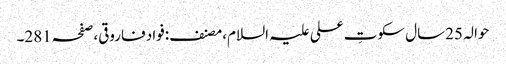
حوالہ 25سال سکوتِ علی علیہ السلام،مصنف:فواد فاروقی،صفحہ281۔